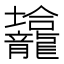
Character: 𱍀